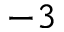
^ { - 3 }